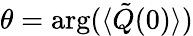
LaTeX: \theta=\arg(\langle{\tilde{Q}}(0)\rangle)